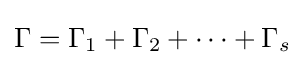
\Gamma =\Gamma _{1}+\Gamma _{2}+\cdots +\Gamma _{s}